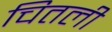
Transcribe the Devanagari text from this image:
चितली